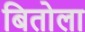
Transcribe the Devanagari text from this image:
बितोला